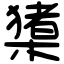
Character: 橥